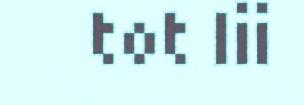
tot lii